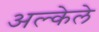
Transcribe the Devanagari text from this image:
अल्केले